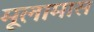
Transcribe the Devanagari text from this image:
मूलामास